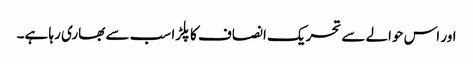
اور اس حوالے سے تحریک انصاف کا پلڑا سب سے بھاری رہا ہے۔